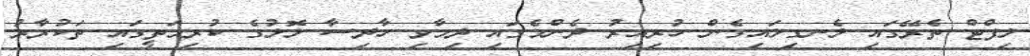
ލިފްޓް ތެރޭގައި ލެނގިލައިގެން ހުރިއިރު ދެންމެގައި ދިމާވި ހާދިސާ ލޮލުގެ ކުރިމަތީގައި ތަކުރާރު